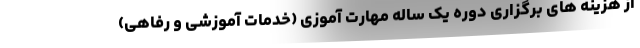
از هزینه های برگزاری دوره یک ساله مهارت آموزی (خدمات آموزشی و رفاهی)